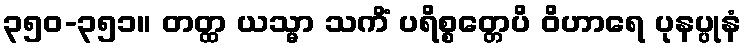
၃၅၀-၃၅၁။ တတ္ထ ယသ္မာ သကိံ ပရိစ္စတ္တေပိ ဝိဟာရေ ပုနပ္ပုနံ